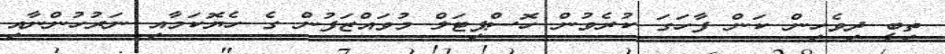
ތިބީ ދިވެހިން ކަން ފާހަގަ ކުރެވުން ހޮސްޕިޓަލް މުވައްޒަފުން ގެ ހެޔޮކަމާއި ނަރުހުންނާއި